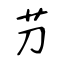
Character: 芀